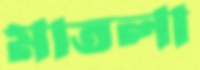
মাতলা